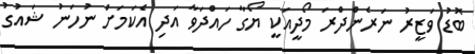
ބޮޑު ވަޒީރު ނަރެންދްރަ މޯދީއަކީ ޔޯގާ ހައްދަވާ އަދި އެކަމަށް ނުހަނު ޝައުގު